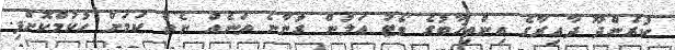
ކުރެންދޫ ދާއިރާގެ އިންތިޚާބުގެ ވޯޓު އަލުން ގުނާނެ ތަނެއް ނެތް ކަމަށް ހުކުމްކޮށްފި.